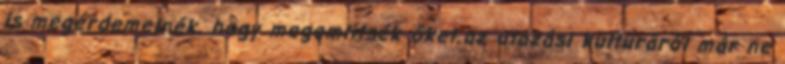
is megérdemelnék, hogy megemlítsék őket.az utazási kultúráról már ne